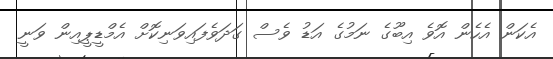
އެކަން އެހެން އޮވެ އިބޫގެ ނަމުގެ އަޑު ވެސް ގަދަވެފައިވަނިކޮށް އެމްޑީޕީއިން ވަނީ